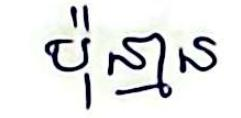
ប៉ុន្មាន